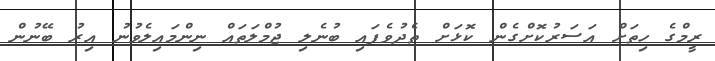
ރީމްގެ ހިތަށް އަސަރުކޮށްގެން ކޮޅަށް ތެދުވެފައި ބުނެލި ޖުމްލަތައް ނިންމައިލެވުނު އިރު ބޭނުން